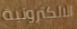
الالكترونية